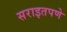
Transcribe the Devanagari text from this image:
सराइतपणे